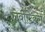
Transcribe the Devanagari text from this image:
लेवीटिकस